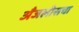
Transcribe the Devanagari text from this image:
अँजलीसचा